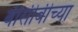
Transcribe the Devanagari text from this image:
बीसीबीच्या